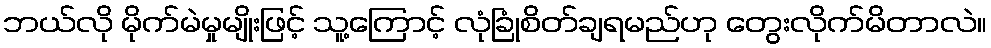
ဘယ်လို မိုက်မဲမှုမျိုးဖြင့် သူ့ကြောင့် လုံခြုံစိတ်ချရမည်ဟု တွေးလိုက်မိတာလဲ။